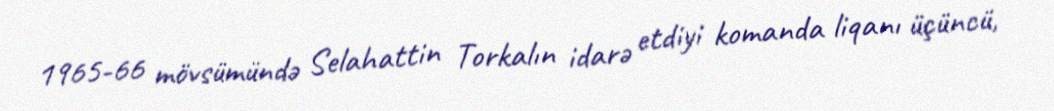
1965-66 mövsümündə Selahattin Torkalın idarə etdiyi komanda liqanı üçüncü,